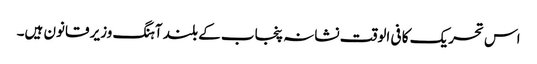
اس تحریک کا فی الوقت نشانہ پنجاب کے بلند آہنگ وزیر قانون ہیں۔